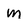
Character: m